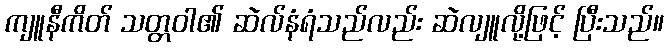
ကျူနီကိတ် သတ္တဝါ၏ ဆဲလ်နံရံသည်လည်း ဆဲလျူလို့ဖြင့် ပြီးသည်။